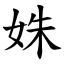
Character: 姝